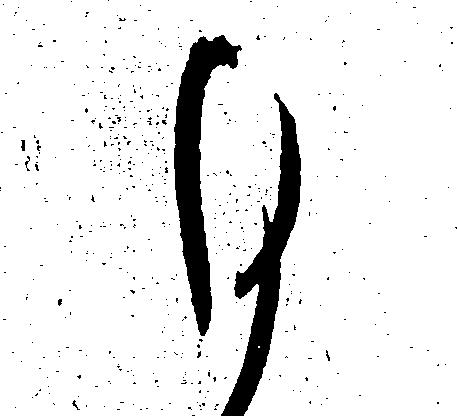
ひ